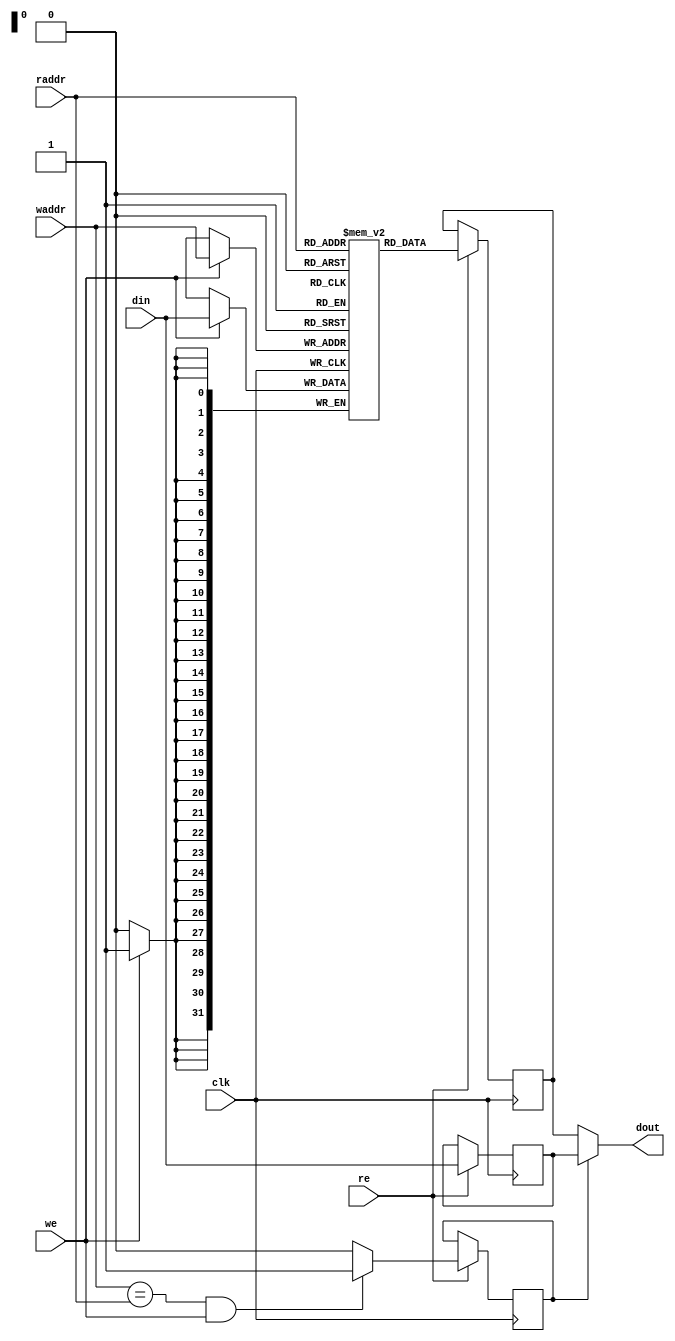
module simple_dpram_sclk # (
	parameter ADDR_WIDTH = 32,
	parameter DATA_WIDTH = 32,
	parameter ENABLE_BYPASS = 1
) (
	input			clk,
	input  [ADDR_WIDTH-1:0]	raddr,
	input		 	re,
	input  [ADDR_WIDTH-1:0]	waddr,
	input 			we,
	input  [DATA_WIDTH-1:0]	din,
	output [DATA_WIDTH-1:0]	dout
);

   reg [DATA_WIDTH-1:0]     mem[(1<<ADDR_WIDTH)-1:0];
   reg [DATA_WIDTH-1:0]     rdata;

generate
if (ENABLE_BYPASS) begin : bypass_gen
	reg [DATA_WIDTH-1:0]     din_r;
	reg 			 bypass;

	assign dout = bypass ? din_r : rdata;

	always @(posedge clk) begin
		if (re)
			din_r <= din;
	end

	always @(posedge clk) begin
		if (re) begin
			if (waddr == raddr && we)
				bypass <= 1;
			else
				bypass <= 0;
		end
	end
end else begin
	assign dout = rdata;
end
endgenerate

	always @(posedge clk) begin
		if (we)
			mem[waddr] <= din;
		if (re)
			rdata <= mem[raddr];
	end

endmodule